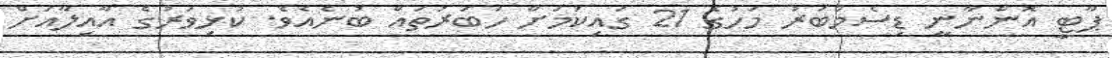
ޕާޓީ އޮންނާނީ ޑިސެމްބަރު މަހުގެ 21 ގައިކަމަށް ހަބަރުތައް ބުނެއެވެ. ކުޅިވަރުގެ އާއިލާއަށް